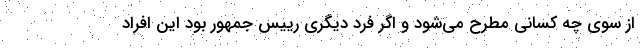
از سوی چه کسانی مطرح می‌شود و اگر فرد دیگری رییس جمهور بود این افراد